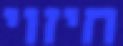
חיזוי